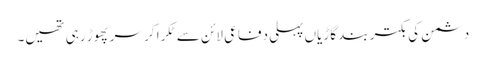
دشمن کی بکتر بند گاڑیاں پہلی دفاعی لائن سے ٹکرا کر سر پھوڑ رہی تھیں۔